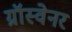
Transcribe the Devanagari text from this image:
ग्रॉस्वेनर